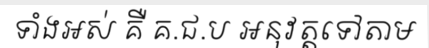
ទាំងអស់ គឺ គ.ជ.ប អនុវត្តទៅតាម